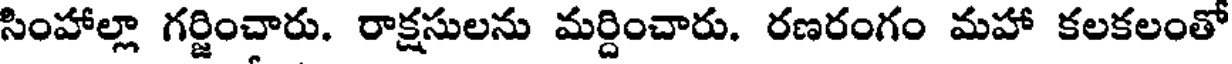
సింహాల్లా గర్జించారు. రాక్షసులను మర్దించారు. రణరంగం మహా కలకలంతో